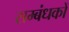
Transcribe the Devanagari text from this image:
सम्बंधकों